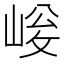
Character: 𡹀